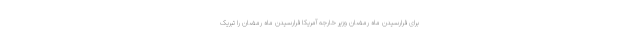
برای فرارسیدن ماه رمضان وزیر خارجه آمریکا فرارسیدن ماه رمضان را تبریک